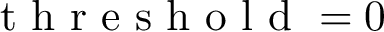
\mathrm { ~ t ~ h ~ r ~ e ~ s ~ h ~ o ~ l ~ d ~ } = 0